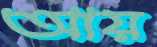
আয়